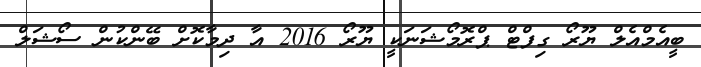
ބީއެމްއެލް ޔޫރޯ ގިފްޓް ޕްރޮމޯޝަނަކީ ޔޫރޯ 2016 އާ ދިމާކޮށް ބޭންކުން ސޯޝަލް